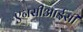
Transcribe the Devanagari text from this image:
एनसीआईसी